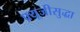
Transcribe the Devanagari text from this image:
फ़्यूजीसुद्धा